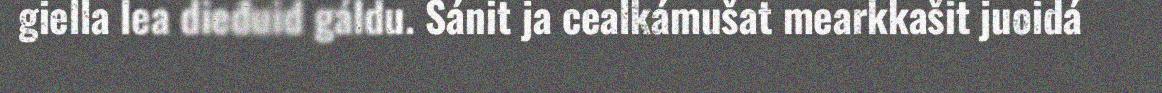
giella lea dieđuid gáldu. Sánit ja cealkámušat mearkkašit juoidá